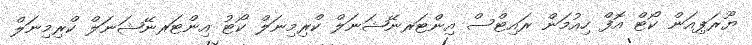
ޔޫރަޕިއަން ކޯޓް އޮފް ހިއުމަން ރައިޓްސް އިންޓަރނޭޝަނަލް ކްރިމިނަލް ކޯޓު އިންޓަރނޭޝަނަލް ކްރިމިނަލް